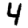
Digit: 4